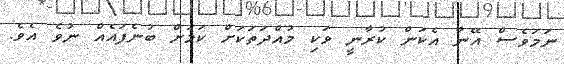
ނަމަވެސް އޭނާ އެކަން ކުރާނީ ވަކި މުއްދަތަކަށް ކަމަށް ބުނެފައެއް ނުވެ އެވެ.